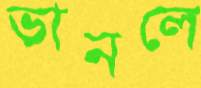
ভানলে